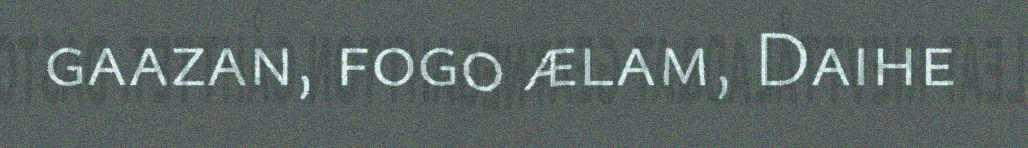
gaazan, fogo ælam, Daihe